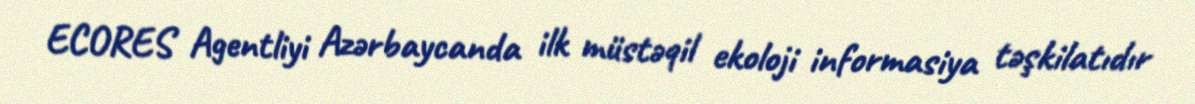
ECORES Agentliyi Azərbaycanda ilk müstəqil ekoloji informasiya təşkilatıdır